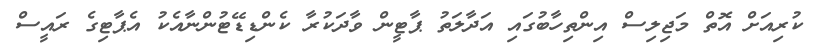
ކުރިއަށް އޮތް މަޖިލިސް އިންތިހާބުގައި އަދާލަތު ޕާޓީން ވާދަކުރާ ކެންޑިޑޭޓުންނާއެކު އެޕާޓިގެ ރައީސް